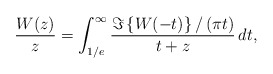
\begin{align*}\frac{W(z)}{z}= \int_{1/e}^{\infty}\frac{\Im \left\{W(-t)\right\}/\left(\pi t\right)}{t+z}\, dt, \end{align*}